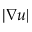
| \nabla u |